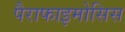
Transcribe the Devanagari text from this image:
पैराफाइमोसिस